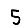
Digit: 5